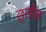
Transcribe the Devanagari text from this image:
छ्तीस